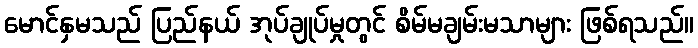
မောင်နှမသည် ပြည်နယ် အုပ်ချုပ်မှုတွင် စိမ်မချမ်းမသာများ ဖြစ်ရသည်။